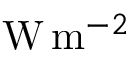
\mathrm { W } \, \mathrm { m } ^ { - 2 }